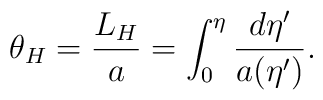
\theta_H={L_H\over a}=\int^\eta_0{{d\eta^{\prime}}\over{a(\eta^{\prime})}}.